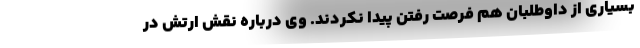
بسیاری از داوطلبان هم فرصت رفتن پیدا نکردند. وی درباره نقش ارتش در